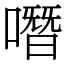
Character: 噆